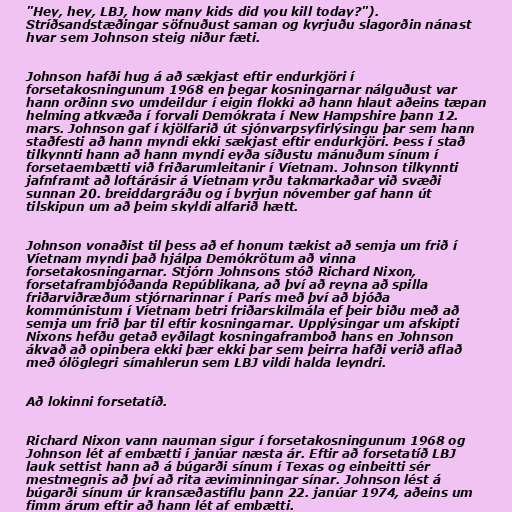
"Hey, hey, LBJ, how many kids did you kill today?").
Stríðsandstæðingar söfnuðust saman og kyrjuðu slagorðin nánast
hvar sem Johnson steig niður fæti.

Johnson hafði hug á að sækjast eftir endurkjöri í
forsetakosningunum 1968 en þegar kosningarnar nálguðust var
hann orðinn svo umdeildur í eigin flokki að hann hlaut aðeins tæpan
helming atkvæða í forvali Demókrata í New Hampshire þann 12.
mars. Johnson gaf í kjölfarið út sjónvarpsyfirlýsingu þar sem hann
staðfesti að hann myndi ekki sækjast eftir endurkjöri. Þess í stað
tilkynnti hann að hann myndi eyða síðustu mánuðum sínum í
forsetaembætti við friðarumleitanir í Víetnam. Johnson tilkynnti
jafnframt að loftárásir á Víetnam yrðu takmarkaðar við svæði
sunnan 20. breiddargráðu og í byrjun nóvember gaf hann út
tilskipun um að þeim skyldi alfarið hætt.

Johnson vonaðist til þess að ef honum tækist að semja um frið í
Víetnam myndi það hjálpa Demókrötum að vinna
forsetakosningarnar. Stjórn Johnsons stóð Richard Nixon,
forsetaframbjóðanda Repúblikana, að því að reyna að spilla
friðarviðræðum stjórnarinnar í París með því að bjóða
kommúnistum í Víetnam betri friðarskilmála ef þeir biðu með að
semja um frið þar til eftir kosningarnar. Upplýsingar um afskipti
Nixons hefðu getað eyðilagt kosningaframboð hans en Johnson
ákvað að opinbera ekki þær ekki þar sem þeirra hafði verið aflað
með ólöglegri símahlerun sem LBJ vildi halda leyndri.

Að lokinni forsetatíð.

Richard Nixon vann nauman sigur í forsetakosningunum 1968 og
Johnson lét af embætti í janúar næsta ár. Eftir að forsetatíð LBJ
lauk settist hann að á búgarði sínum í Texas og einbeitti sér
mestmegnis að því að rita æviminningar sínar. Johnson lést á
búgarði sínum úr kransæðastíflu þann 22. janúar 1974, aðeins um
fimm árum eftir að hann lét af embætti.